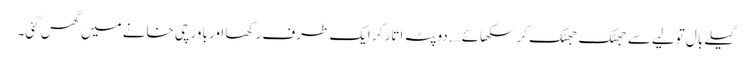
گیلے بال تولیے سے جھٹک جھٹک کر سکھائے….دوپٹہ اتار کر ایک طرف رکھا اور باورچی خانے میں گھس گئی۔